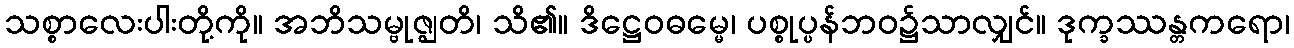
သစ္စာလေးပါးတို့ကို။ အဘိသမ္ဗုဇ္ဈတိ၊ သိ၏။ ဒိဋ္ဌေဝဓမ္မေ၊ ပစ္စုပ္ပန်ဘဝ၌သာလျှင်။ ဒုက္ခဿန္တကရော၊